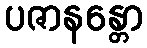
ပဇာနန္တော